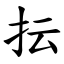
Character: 抎